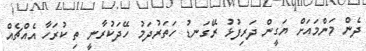
ދެން މަންމައަށް ޔަގީން ދަރިފުޅު ރޭގަނޑު ހަތަރުދަމު ހޭދަކުރާނީ ތި ކުރަހާ އެއްޗެއް